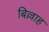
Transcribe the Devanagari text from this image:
बिल्लाह